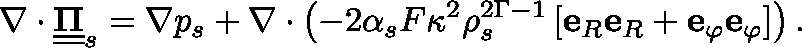
\nabla \cdot \underline { { \underline { { \mathbf { \Pi } } } } } _ { s } = \nabla p _ { s } + \nabla \cdot \left( - 2 \alpha _ { s } F \kappa ^ { 2 } \rho _ { s } ^ { 2 \Gamma - 1 } \left[ \mathbf { e } _ { R } \mathbf { e } _ { R } + \mathbf { e } _ { \varphi } \mathbf { e } _ { \varphi } \right] \right) .